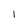
Character: l